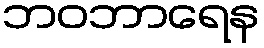
ဘဝဘာရေန